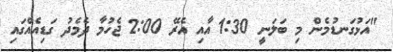
"އަޅުގަނޑުމެން މި ބަލަނީ 1:30 އާއި އެރޭ 2:00 ޖެހުމާ ދެމެދު ގަޑިއެއްގައި